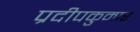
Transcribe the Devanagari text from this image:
प्रदीपकुमार